Report of the Indian Hemp Drugs Commission, 1894-1895 - Volume VIII
Year: 1894
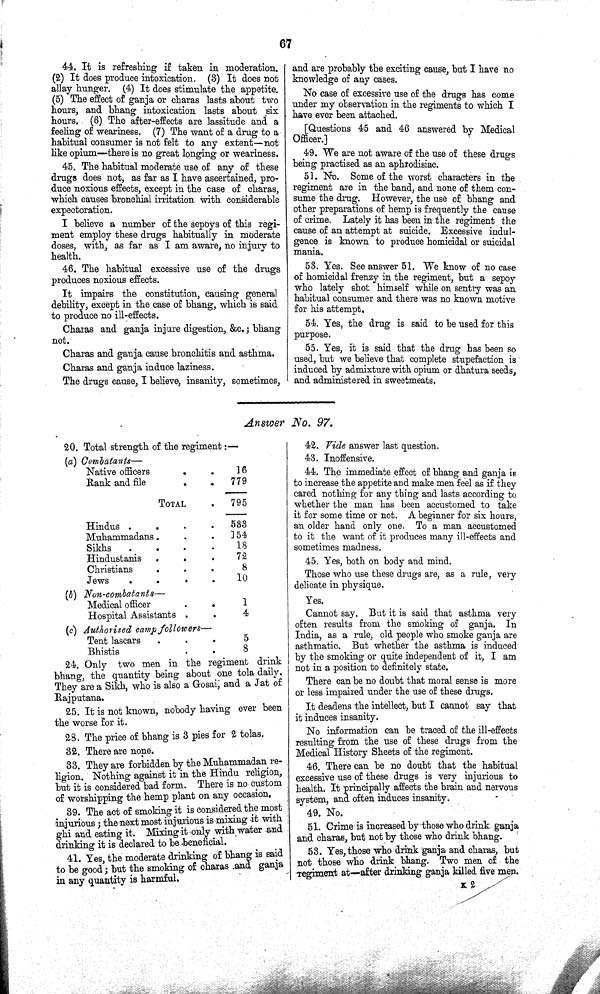
67
44. It is refreshing if taken in moderation.
(2) It does produce intoxication. (3) It does not
allay hunger. (4) It does stimulate the appetite.
(5) The effect of ganja or charas lasts about two
hours, and bhang intoxication lasts about six
hours. (6) The after-effects are lassitude and a
feeling of weariness. (7) The want of a drug to a
habitual consumer is not felt to any extent-not
like opium-there is no great longing or weariness.
45. The habitual moderate use of any of these
drugs does not, as far as I have ascertained, pro-
duce noxious effects, except in the case of charas,
which causes bronchial irritation with considerable
expectoration.
I believe a number of the sepoys of this regi-
ment employ these drugs habitually in moderate
doses, with, as far as I am aware, no injury to
health.
46. The habitual excessive use of the drugs
produces noxious effects.
It impairs the constitution, causing general
debility, except in the case of bhang, which is said
to produce no ill-effects.
Charas and ganja injure digestion, &c.; bhang
not.
Charas and ganja cause bronchitis and asthma.
Charas and ganja induce laziness.
The drugs cause, I believe, insanity, sometimes,
and are probably the exciting cause, but I have no
knowledge of any cases.
No case of excessive use of the drugs has come
under my observation in the regiments to which I
have ever been attached.
[Questions 45 and 46 answered by Medical
Officer.]
49. We are not aware of the use of these drugs
being practised as an aphrodisiac.
51. No. Some of the worst characters in the
regiment are in the band, and none of them con-
sume the drug. However, the use of bhang and
other preparations of hemp is frequently the cause
of crime. Lately it has been in the regiment the
cause of an attempt at suicide. Excessive indul-
gence is known to produce homicidal or suicidal
mania.
53. Yes. See answer 51. We know of no case
of homicidal frenzy in the regiment, but a sepoy
who lately shot himself while on sentry was an
habitual consumer and there was no known motive
for his attempt.
54. Yes, the drug is said to be used for this
purpose.
55. Yes, it is said that the drug has been so
used, but we believe that complete stupefaction is
induced by admixture with opium or dhatura seeds,
and administered in sweetmeats.
Answer No. 97.
20. Total strength of the regiment:—
(a)
Combatants-
Native officers
16
Rank and file
779
TOTAL
795
Hindus
533
Muhammadans.
154
Sikhs
18
Hindustanis
72
Christians
8
Jews
10
(b)
Non-combatants-
Medical officer
1
Hospital Assistants
4
(c) Authorised camp followers—
Tent lascars
5
Bhistis
8
24. Only two men in the regiment drink
bhang, the quantity being about one tola daily.
They are a Sikh, who is also a Gosai; and a Jat of
Rajputana.
25. It is not known, nobody having ever been
the worse for it.
28. The price of bhang is 3 pies for 2 tolas.
32. There are none.
33. They are forbidden by the Muhammadan re-
ligion. Nothing against it in the Hindu religion,
but it is considered bad form. There is no custom
of worshipping the hemp plant on any occasion.
39. The act of smoking it is considered the most
injurious; the next most injurious is mixing it with
ghi and eating it. Mixing it only with water and
drinking it is declared to be beneficial.
41. Yes, the moderate drinking of bhang is said
to be good; but the smoking of charas .and ganja
in any quantity is harmful.
42. Vide answer last question.
43. Inoffensive.
44. The immediate effect of bhang and ganja is
to increase the appetite and make men feel as if they
cared nothing for any thing and lasts according to
whether the man has been accustomed to take
it for some time or not. A beginner for six hours,
an older hand only one. To a man accustomed
to it the want of it produces many ill-effects and
sometimes madness.
45. Yes, both on body and mind.
Those who use these drugs are, as a rule, very
delicate in physique.
Yes.
Cannot say. But it is said that asthma very
often results from the smoking of ganja. In
India, as a rule, old people who smoke ganja are
asthmatic. But whether the asthma is induced
by the smoking or quite independent of it, I am
not in a position to definitely state.
There can be no doubt that moral sense is more
or less impaired under the use of these drugs.
It deadens the intellect, but I cannot say that
it induces insanity.
No information can be traced of the ill-effects
resulting from the use of these drugs from the
Medical History Sheets of the regiment.
46. There can be no doubt that the habitual
excessive use of these drugs is very injurious to
health. It principally affects the brain and nervous
system, and often induces insanity.
49. No.
51. Crime is increased by those who drink ganja
and charas, but not by those who drink bhang.
53. Yes, those who drink ganja and charas, but
not those who drink bhang. Two men of the
regiment at-after drinking ganja killed five men.
K 2